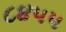
૮૪૫૫